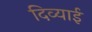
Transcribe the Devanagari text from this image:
दिव्याई